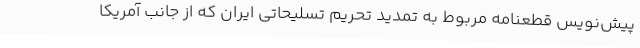
پیش‌نویس قطعنامه مربوط به تمدید تحریم تسلیحاتی ایران که از جانب آمریکا